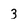
Character: 3